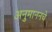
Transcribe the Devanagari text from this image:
अनुमाननचे